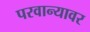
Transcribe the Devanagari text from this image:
परवान्यावर